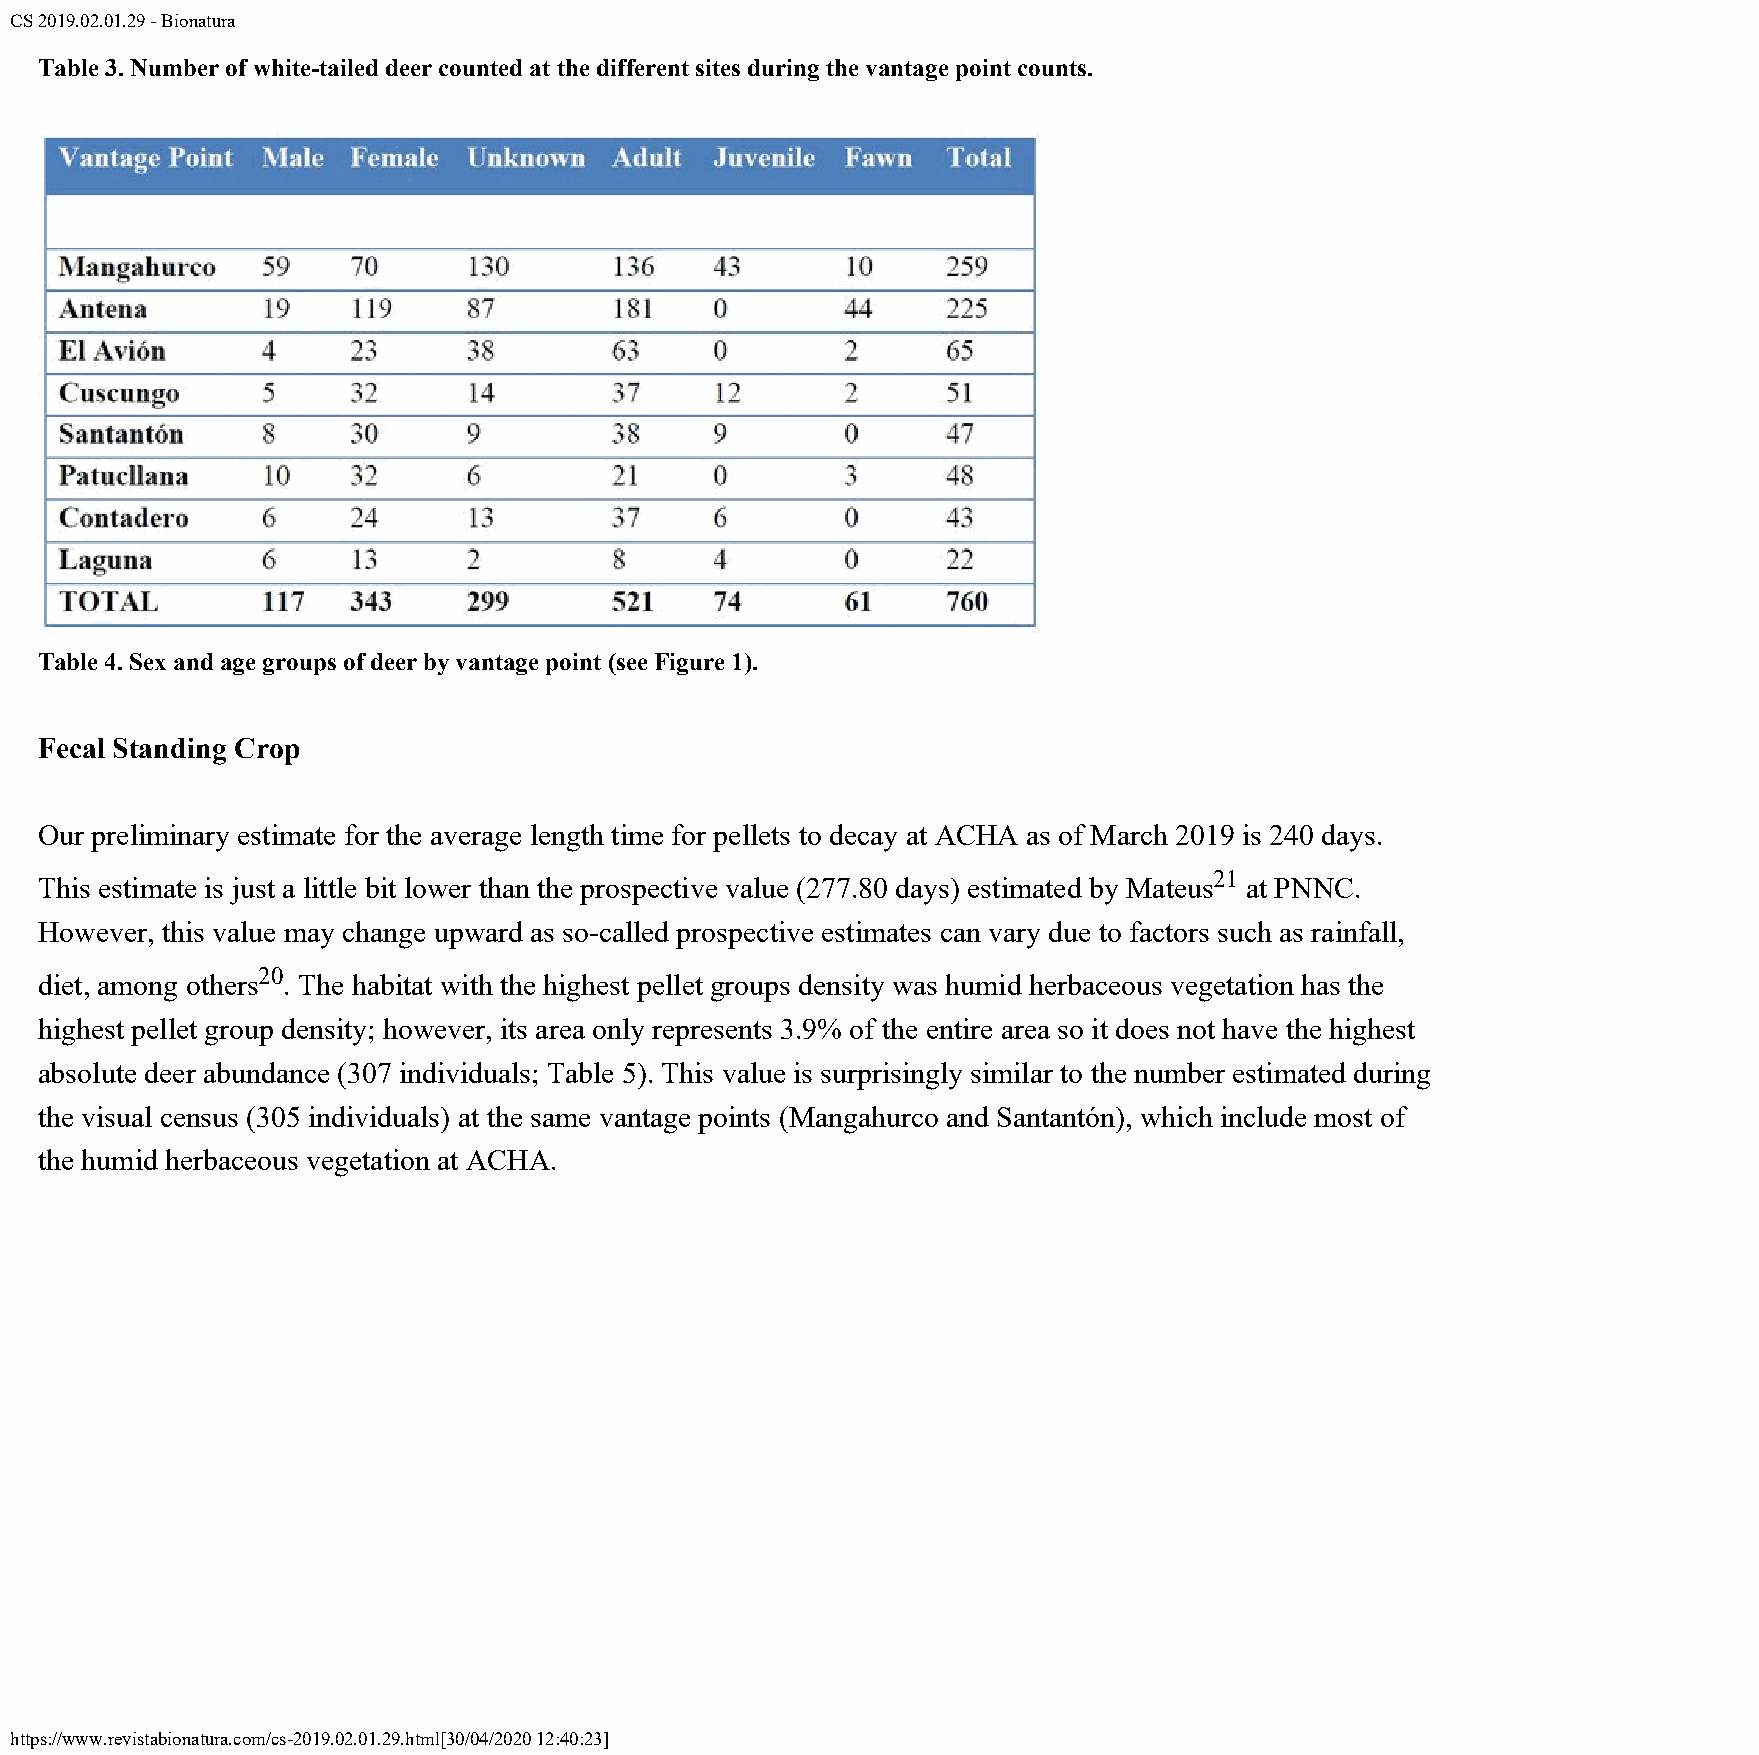
CS 2019.02.01.29 - Bionatura
 Table 3. Number of white-tailed deer counted at the different sites during the vantage point counts.
 Table 4. Sex and age groups of deer by vantage point (see Figure 1).
 Fecal Standing Crop
 Our preliminary estimate for the average length time for pellets to decay at ACHA as of March 2019 is 240 days.
 21
 This estimate is just a little bit lower than the prospective value (277.80 days) estimated by Mateus at PNNC.
 However, this value may change upward as so-called prospective estimates can vary due to factors such as rainfall,
 20
 diet, among others . The habitat with the highest pellet groups density was humid herbaceous vegetation has the
 highest pellet group density; however, its area only represents 3.9% of the entire area so it does not have the highest
 absolute deer abundance (307 individuals; Table 5). This value is surprisingly similar to the number estimated during
 the visual census (305 individuals) at the same vantage points (Mangahurco and Santantón), which include most of
 the humid herbaceous vegetation at ACHA.
 https://www.revistabionatura.com/cs-2019.02.01.29.html[30/04/2020 12:40:23]